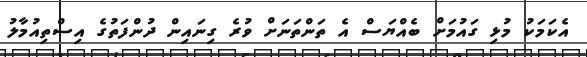
އެކަމަކު މުޅި ގައުމަށް ބެއްޔަސް އެ ތަންތަނަށް ވުރެ ގިނައިން ދުންފަތުގެ އިސްތިއުމާލު